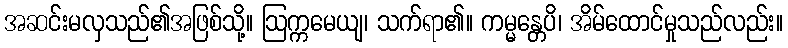
အဆင်းမလှသည်၏အဖြစ်သို့။ ဩက္ကမေယျ၊ သက်ရာ၏။ ကမ္မန္တေပိ၊ အိမ်ထောင်မှုသည်လည်း။